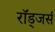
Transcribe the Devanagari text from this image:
रॉड्जर्स